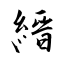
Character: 縉